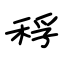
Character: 稃